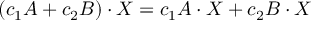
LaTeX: ( c _ { 1 } A + c _ { 2 } B ) \cdot X = c _ { 1 } A \cdot X + c _ { 2 } B \cdot X